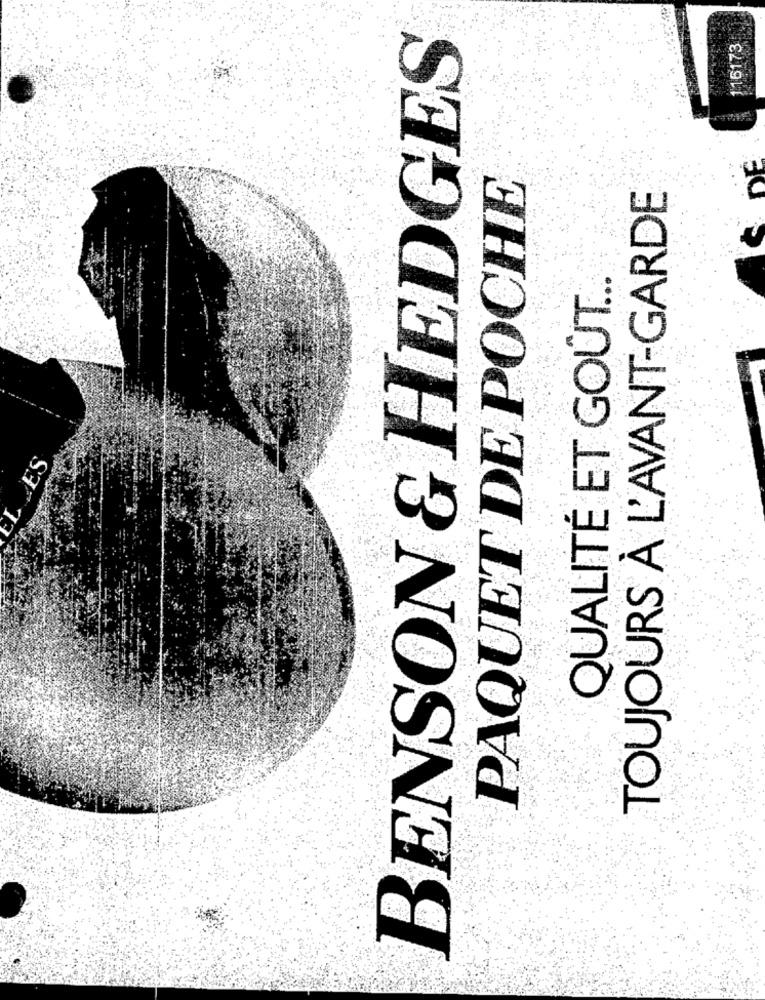
BENSON & HEDGES
116173
PAQUET DE POCHE
TOUJOURS À L'AVANT-GARDE
QUALITÉ ET GOÛT ...
CL LES